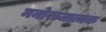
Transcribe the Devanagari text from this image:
मनोरञ्जात्मक